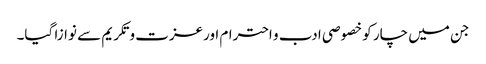
جن میں چار کو خصوصی ادب و احترام اورعزت و تکریم سے نوازا گیا۔